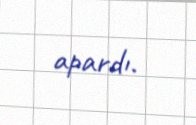
apardı.